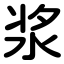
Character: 浆